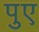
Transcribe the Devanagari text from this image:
पुए